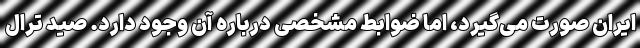
ایران صورت می‌گیرد، اما ضوابط مشخصی درباره آن وجود دارد. صید ترال